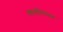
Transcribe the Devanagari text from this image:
व्ययविषयक